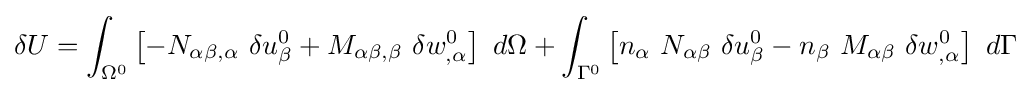
\delta U=\int _{\Omega ^{0}}\left[-N_{\alpha \beta ,\alpha }~\delta u_{\beta }^{0}+M_{\alpha \beta ,\beta }~\delta w_{,\alpha }^{0}\right]~d\Omega +\int _{\Gamma ^{0}}\left[n_{\alpha }~N_{\alpha \beta }~\delta u_{\beta }^{0}-n_{\beta }~M_{\alpha \beta }~\delta w_{,\alpha }^{0}\right]~d\Gamma